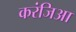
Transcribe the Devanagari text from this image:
करंजिआ